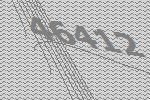
46412